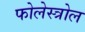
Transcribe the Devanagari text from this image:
फोलेस्त्रोल